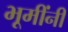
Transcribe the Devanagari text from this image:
भूमींनी